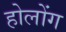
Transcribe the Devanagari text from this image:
होलोंग